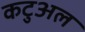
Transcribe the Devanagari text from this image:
कटुअल